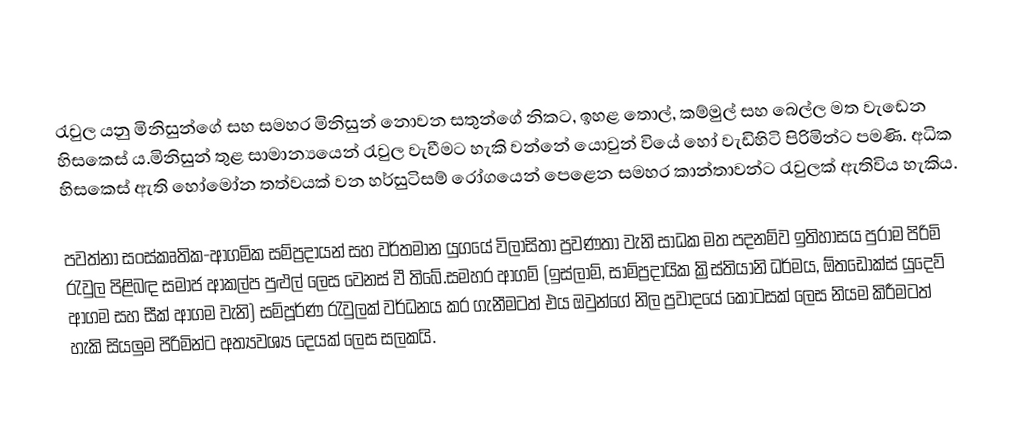
රැවුල යනු මිනිසුන්ගේ සහ සමහර මිනිසුන් නොවන සතුන්ගේ නිකට, ඉහළ තොල්, කම්මුල් සහ බෙල්ල මත වැඩෙන හිසකෙස් ය.මිනිසුන් තුළ සාමාන්‍යයෙන් රැවුල වැවීමට හැකි වන්නේ යොවුන් වියේ හෝ වැඩිහිටි පිරිමින්ට පමණි. අධික හිසකෙස් ඇති හෝමෝන තත්වයක් වන හර්සුටිසම් රෝගයෙන් පෙළෙන සමහර කාන්තාවන්ට රැවුලක් ඇතිවිය හැකිය.

පවත්නා සංස්කෘතික-ආගමික සම්ප්‍රදායන් සහ වර්තමාන යුගයේ විලාසිතා ප්‍රවණතා වැනි සාධක මත පදනම්ව ඉතිහාසය පුරාම පිරිමි රැවුල පිළිබඳ සමාජ ආකල්ප පුළුල් ලෙස වෙනස් වී තිබේ.සමහර ආගම් (ඉස්ලාම්, සාම්ප්‍රදායික ක්‍රිස්තියානි ධර්මය, ඕතඩොක්ස් යුදෙව් ආගම සහ සීක් ආගම වැනි) සම්පූර්ණ රැවුලක් වර්ධනය කර ගැනීමටත් එය ඔවුන්ගේ නිල ප්‍රවාදයේ කොටසක් ලෙස නියම කිරීමටත් හැකි සියලුම පිරිමින්ට අත්‍යවශ්‍ය දෙයක් ලෙස සලකයි.